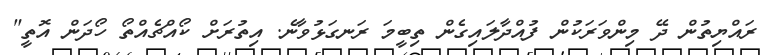
ރައްޔިތުން ދޭ މިންވަރަކުން ފުއްދާލައިގެން ތިބީމަ ރަނގަޅުވާނެ. އިތުރަށް ކޯއްޗެއްތޯ ހޯދަން އޮތީ"